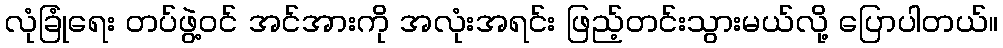
လုံခြုံရေး တပ်ဖွဲ့ဝင် အင်အားကို အလုံးအရင်း ဖြည့်တင်းသွားမယ်လို့ ပြောပါတယ်။